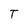
Character: T